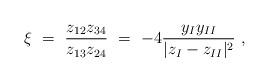
LaTeX: \begin{align*} \xi\ =\ \frac{z_{12}z_{34}}{z_{13}z_{24}} \ =\ -4 \frac{y_I y_{II}}{|z_I-z_{II}|^2} \ ,\end{align*}